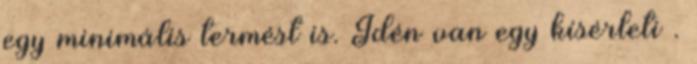
egy minimális termést is. Idén van egy kísérleti .